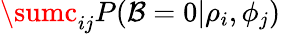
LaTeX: \sumc_{ij}P(\mathcal{B}=0|\rho_{i},\phi_{j})